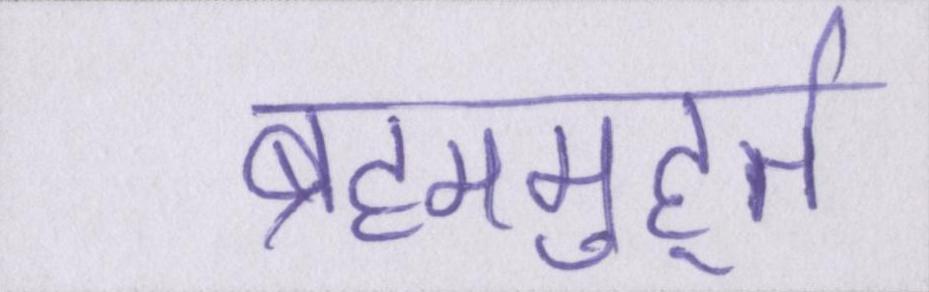
ब्रह्ममुहूर्त